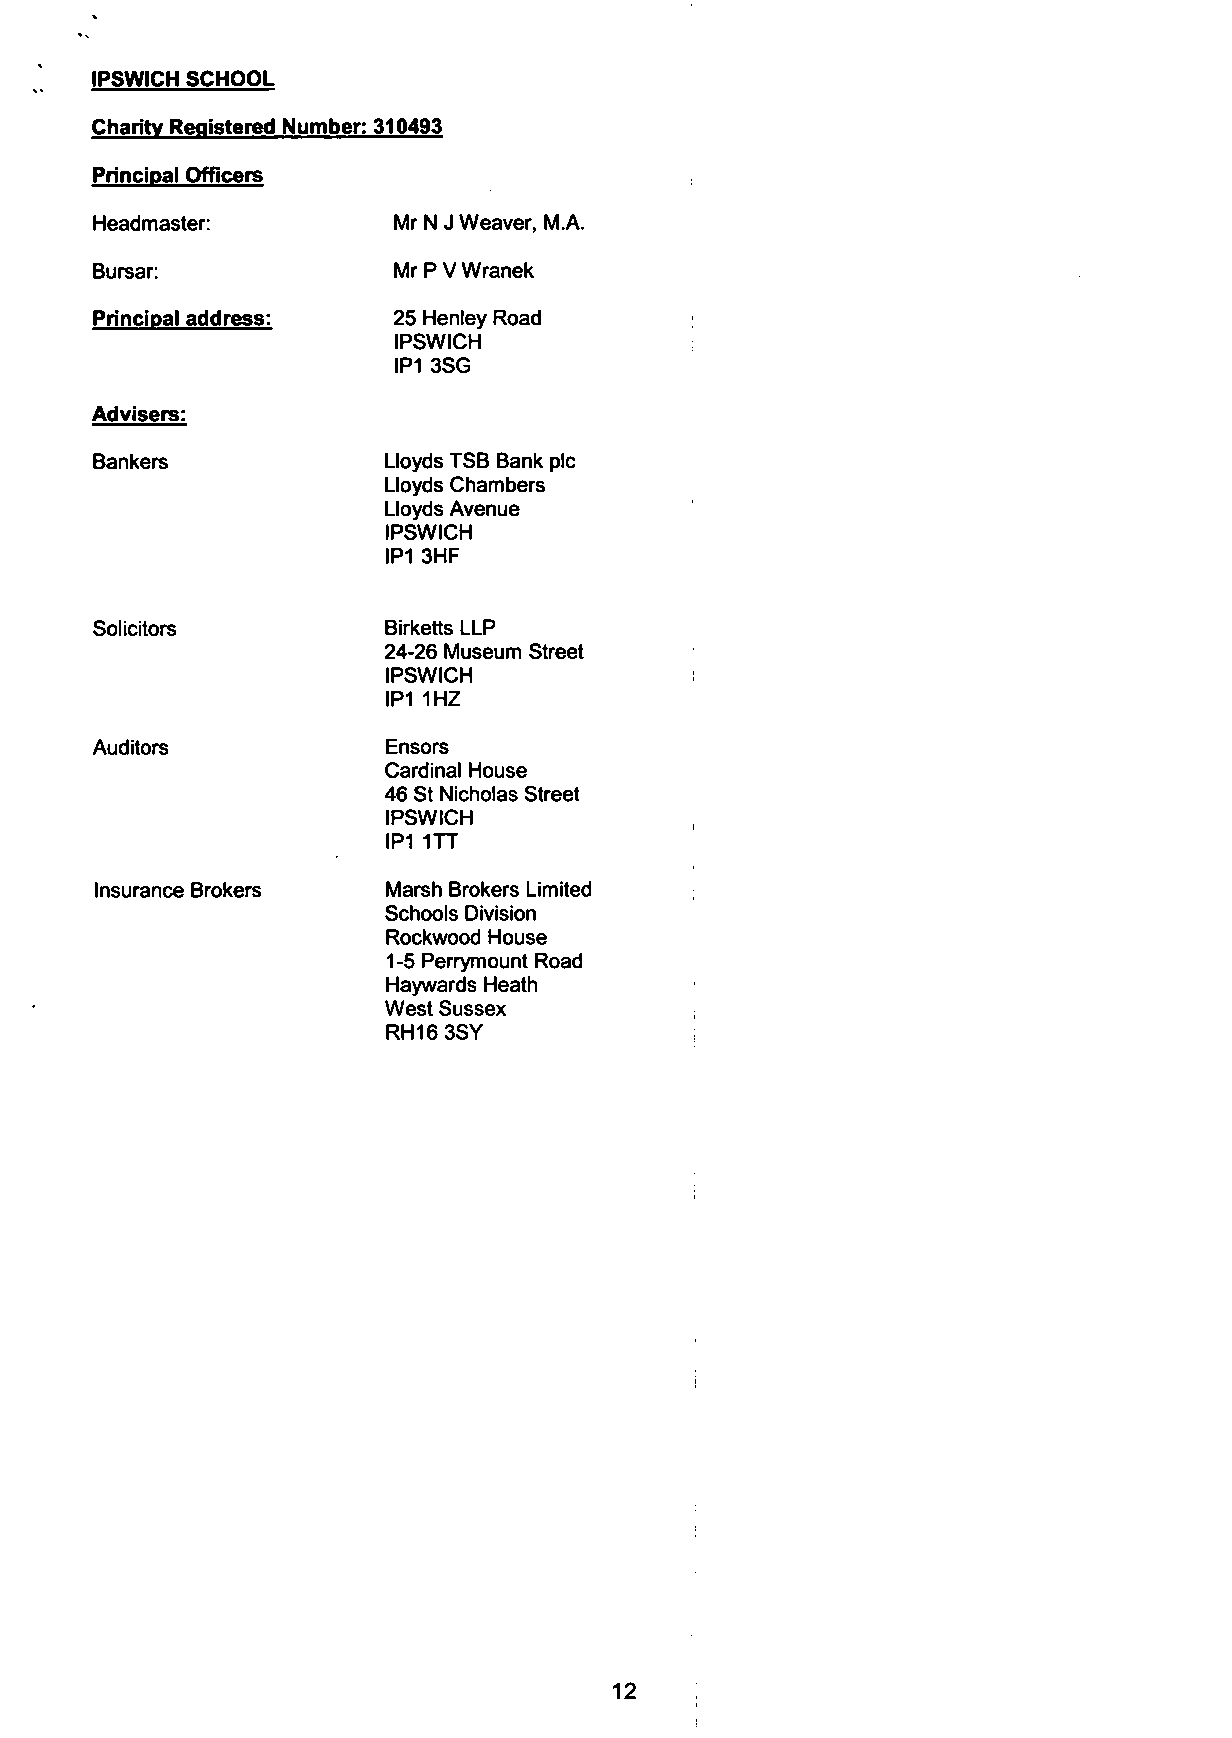
IPSWICH SCHOOL
 Charity Registered :310493
 Principal Officers
 Headmaster:         Mr N J Weaver, M.A.
 Bursar:             Mr P V Wranek
 Principal address:  25 Henley Road
 IPSWICH
 IP1 3SG
 Advisers:
 Bankers            Lloyds TSB Bank pic
 Lloyds Chambers
 Lloyds Avenue
 IPSWICH
 IP1 3HF
 Solicitors         Birketts LLP
 24-26 Museum Street
 IPSWICH
 IP1 1HZ
 Auditors            Ensors
 Cardinal House
 46 St Nicholas Street
 IPSWICH
 IP1 1TT
 Insurance Brokers   Marsh Brokers Limited
 Schools Division
 Rockwood House
 1-5 Perrymount Road
 Haywards Heath
 West Sussex
 RH163SY